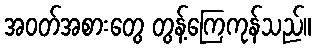
အဝတ်အစားတွေ တွန့်ကြေကုန်သည်။